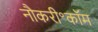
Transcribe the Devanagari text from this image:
नौकरी॰कॉम